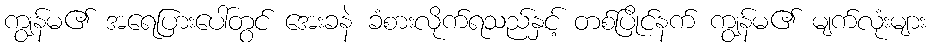
ကျွန်မ၏ အရေပြားပေါ်တွင် အေးခနဲ ခံစားလိုက်ရသည်နှင့် တစ်ပြိုင်နက် ကျွန်မ၏ မျက်လုံးများ